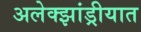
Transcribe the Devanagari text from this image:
अलेक्झांड्रीयात